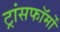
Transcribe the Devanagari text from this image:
ट्रांसफॉर्मों